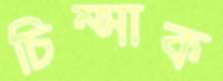
চিম্‌সাক